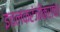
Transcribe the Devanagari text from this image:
इचलकरंजीकरांचा